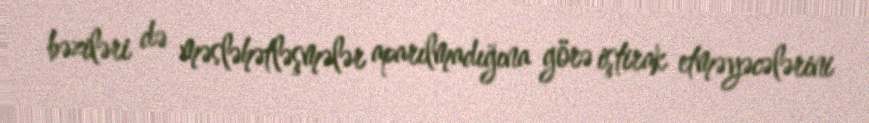
bəziləri də məsləhətləşmələr aparılmadığına görə iştirak etməyəcələrini